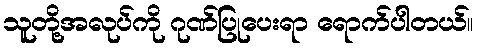
သူတို့အလုပ်ကို ဂုဏ်ပြုပေးရာ ရောက်ပါတယ်။